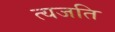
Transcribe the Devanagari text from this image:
त्यजति